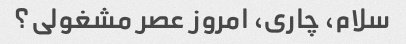
سلام، چاری، امروز عصر مشغولی؟